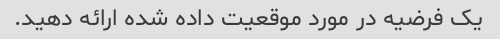
یک فرضیه در مورد موقعیت داده شده ارائه دهید.